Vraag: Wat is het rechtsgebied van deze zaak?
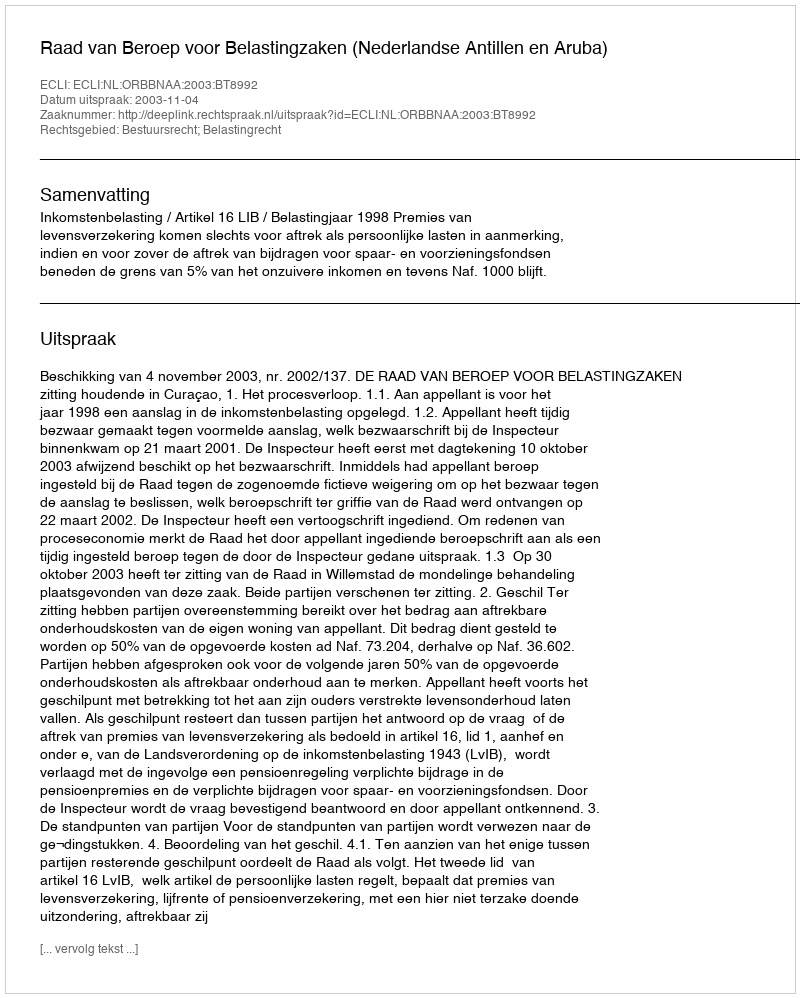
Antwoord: Bestuursrecht; Belastingrecht